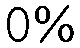
0%